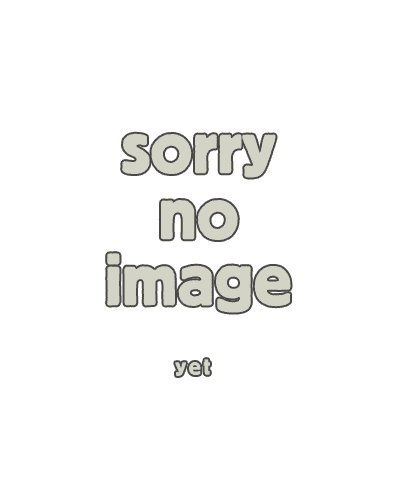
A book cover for Everything You Need to Know About Sexual Abuse (Need to Know Library); Evan Stark; Teen & Young Adult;